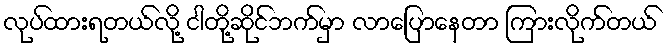
လုပ်ထားရတယ်လို့ ငါတို့ဆိုင်ဘက်မှာ လာပြောနေတာ ကြားလိုက်တယ်